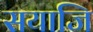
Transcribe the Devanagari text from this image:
सयाजि